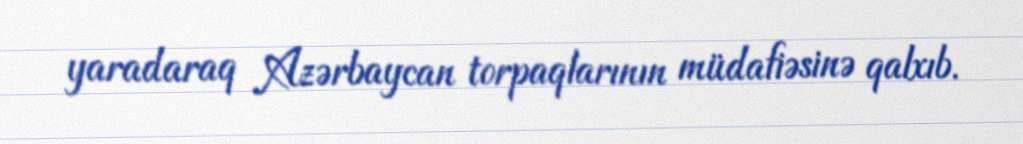
yaradaraq Azərbaycan torpaqlarının müdafiəsinə qalxıb.